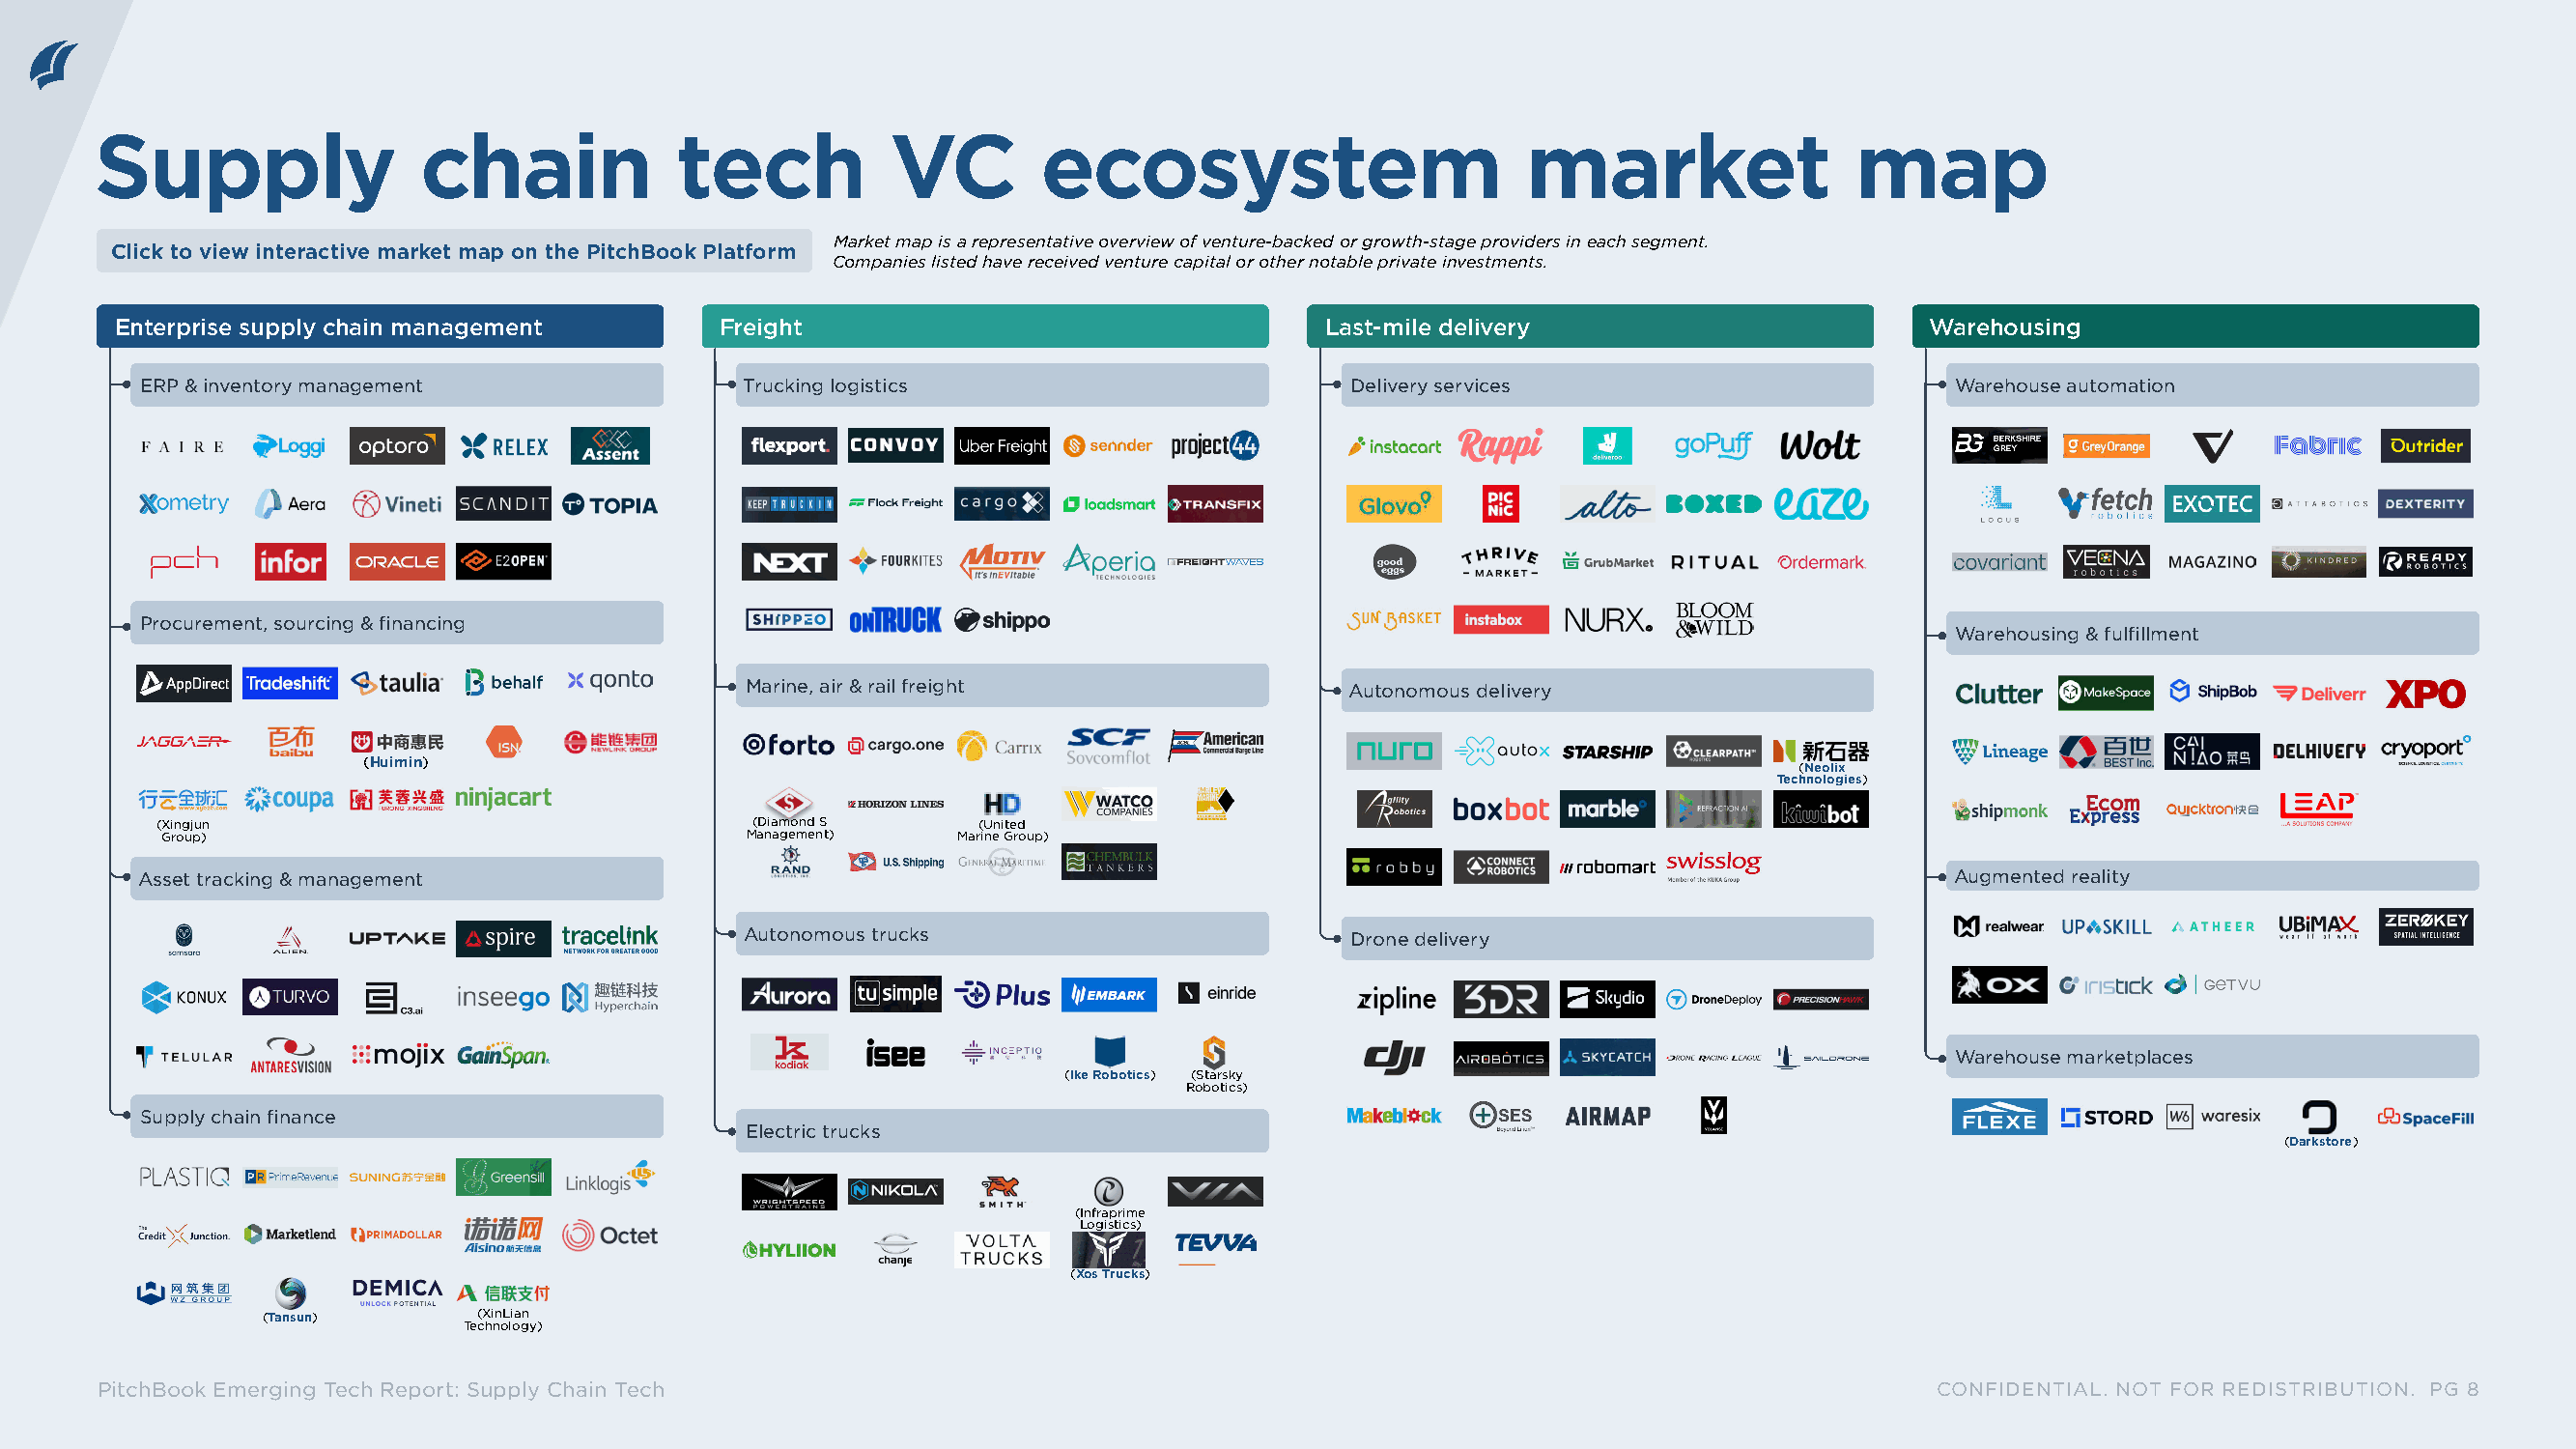
Supply                 chain            tech           VC        ecosystem                         market                map
 Market map is a representative overview of venture-backed or growth-stage providers in each segment.
 Click to view interactive market map on the PitchBook Platform
 Companies listed have received venture capital or other notable private investments.
 Enterprise supply chain management       Freight                                   Last-mile delivery                       Warehousing
 ERP & inventory management               Trucking logistics                        Delivery services                        Warehouse automation
 Procurement, sourcing & financing
 Warehousing & fulfillment
 Marine, air & rail freight               Autonomous delivery
 (Huimin)
 (Neolix
 Technologies)
 (Xingjun                                 (Diamond S     (United
 Group)                                  Management)    Marine Group)
 Asset tracking & management                                                                                                  Augmented reality
 Autonomous trucks                         Drone delivery
 Warehouse marketplaces
 (Ike Robotics) (Starsky
 Robotics)
 Supply chain finance
 Electric trucks
 (Darkstore)
 (Infraprime
 Logistics)
 (Xos Trucks)
 (Tansun)       (XinLian
 Technology)
 PitchBook Emerging Tech Report: Supply Chain Tech                                                                             CONFIDENTIAL. NOT FOR REDISTRIBUTION. PG 8